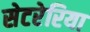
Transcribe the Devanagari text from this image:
सेटरेरिया